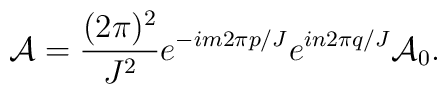
{\cal A}=\frac{(2\pi)^2}{J^2}e^{-im2\pi p/J}e^{in2\pi q/J}{\cal A}_0.